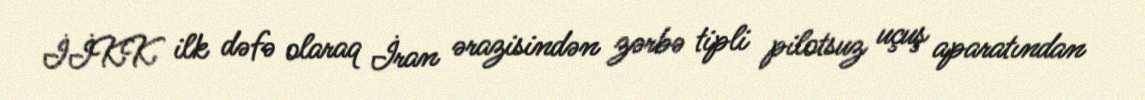
İİKK ilk dəfə olaraq İran ərazisindən zərbə tipli pilotsuz uçuş aparatından